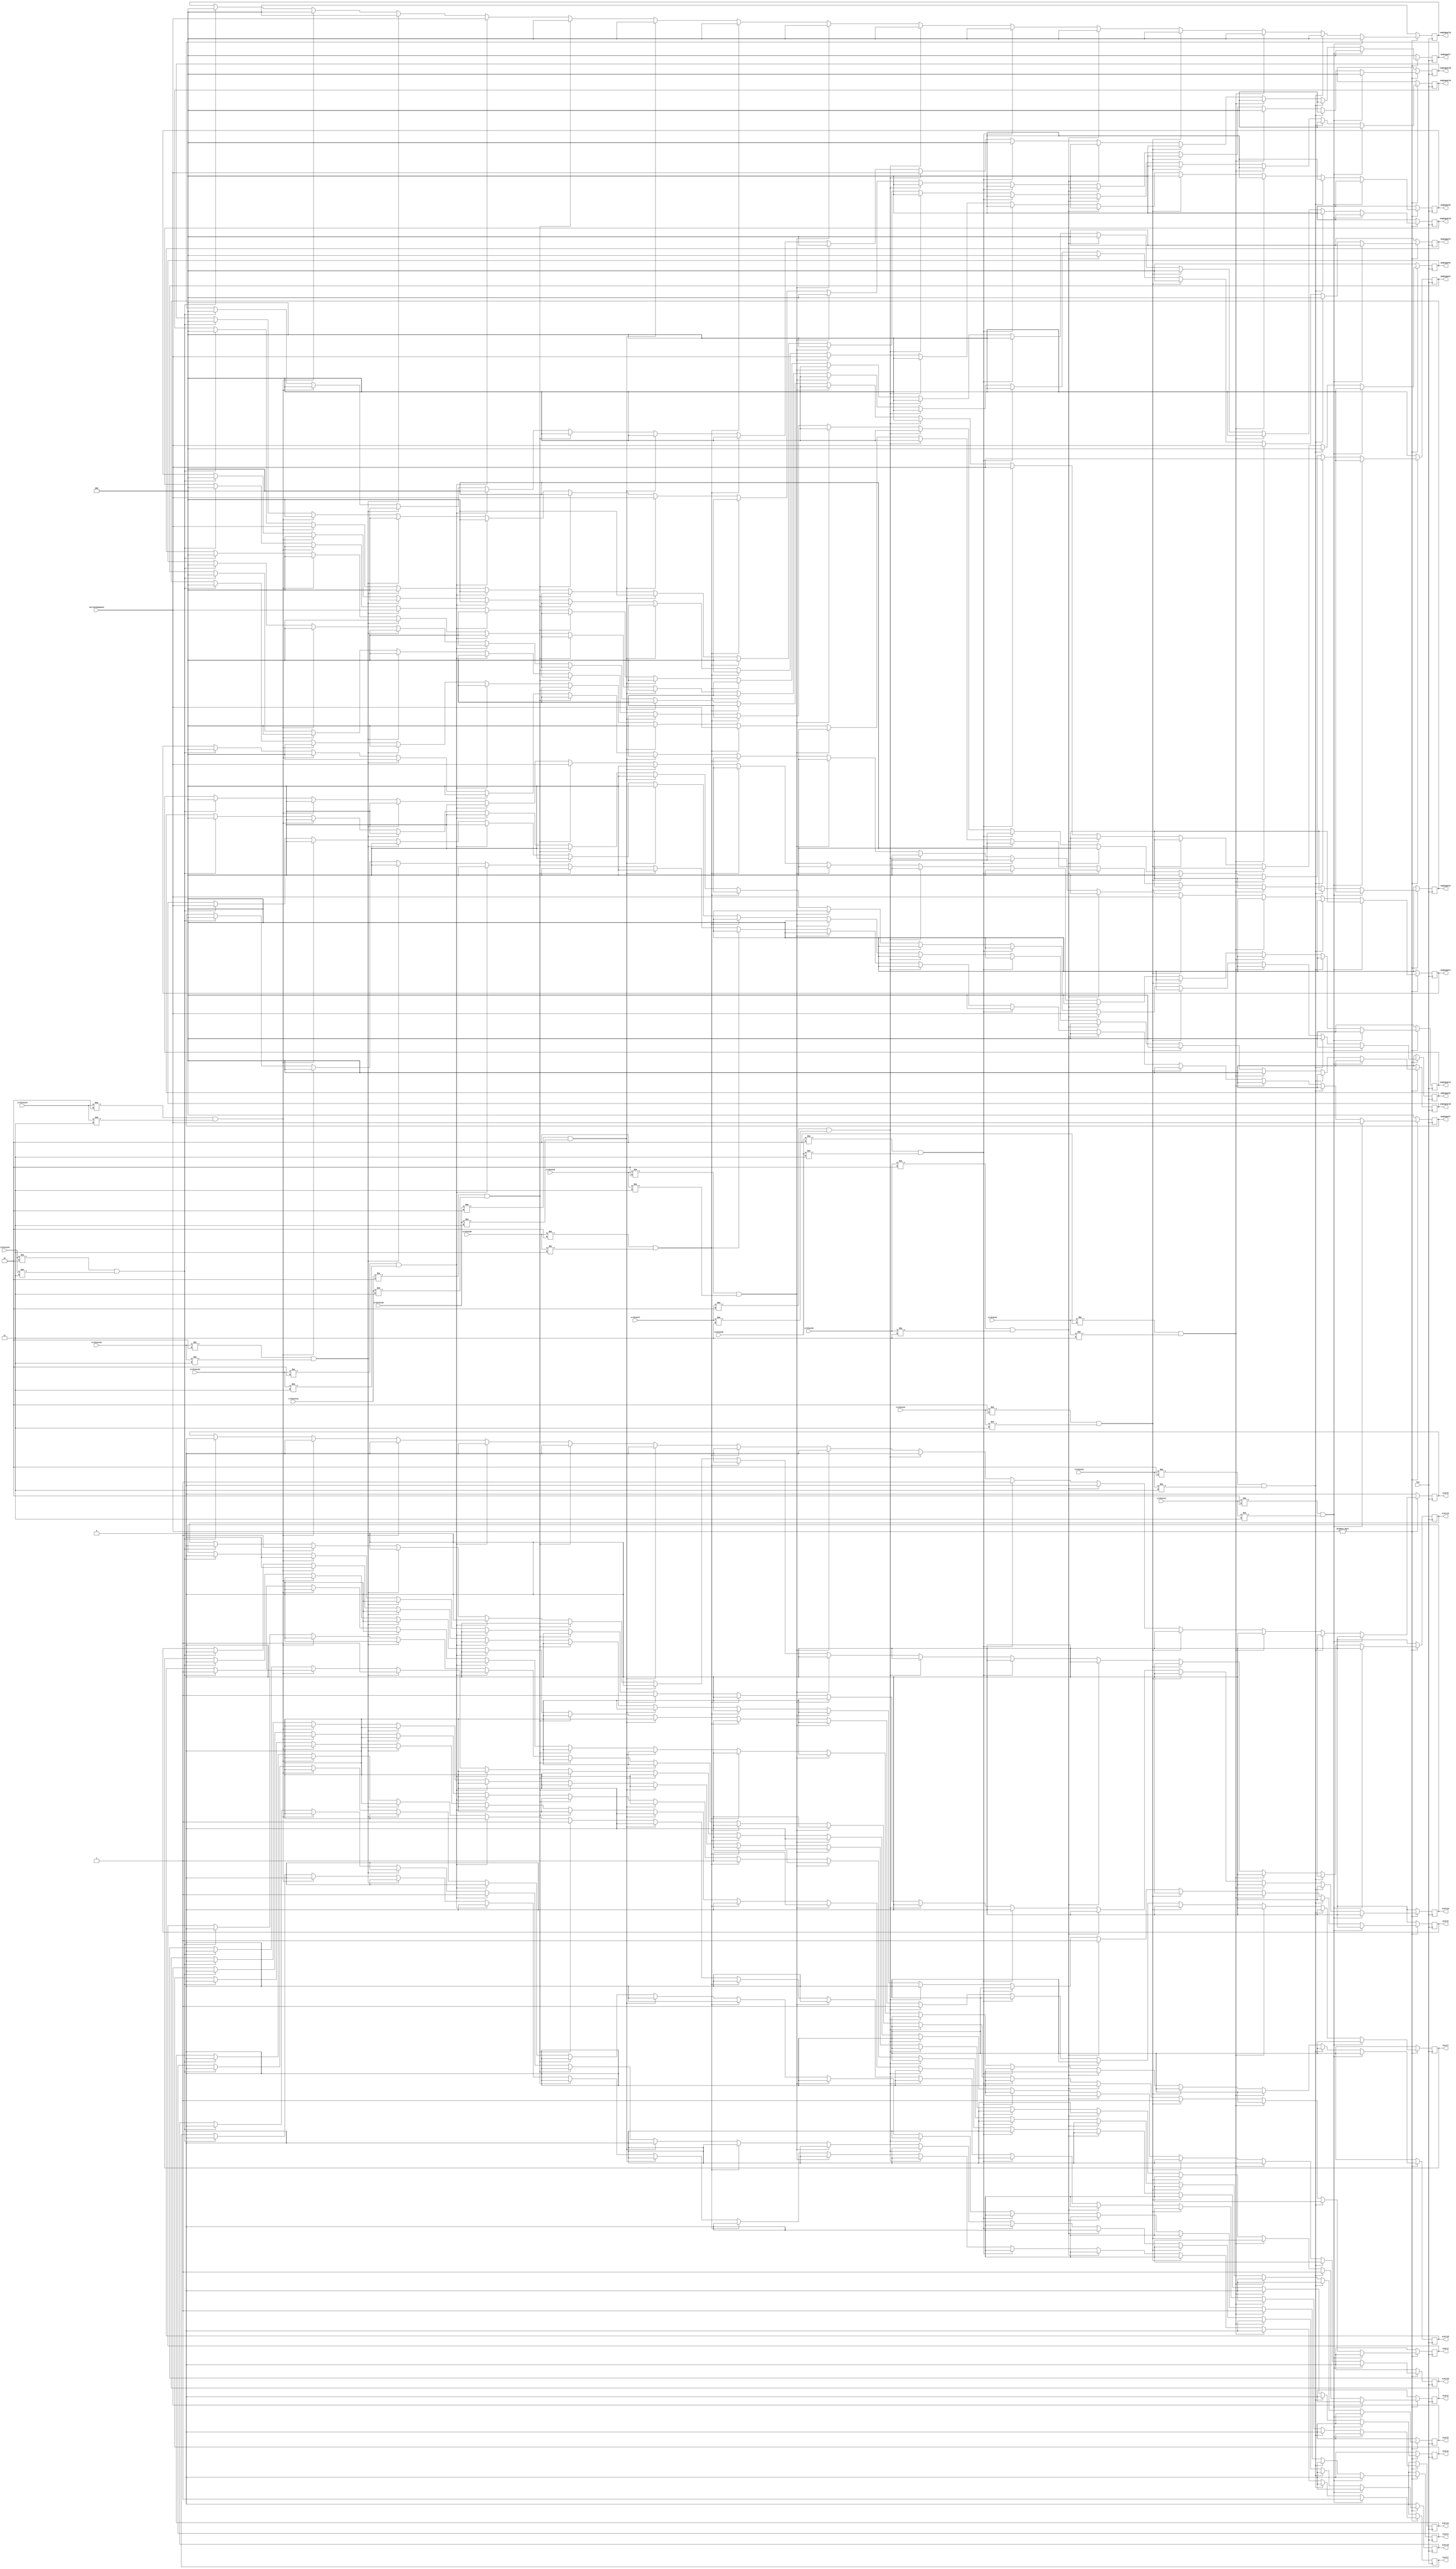
module sequenceManager(
	/*Input*/
	currentSequence, CLK, 
	crtState1, crtState2, crtState3, crtState4, crtState5, crtState6, crtState7, crtState8,
	crtState9, crtState10, crtState11, crtState12, crtState13, crtState14, crtState15,
	/*Output*/
	seqSignal1, seqSignal2, seqSignal3, seqSignal4, seqSignal5, seqSignal6, seqSignal7, seqSignal8,
	seqSignal9, seqSignal10, seqSignal11, seqSignal12, seqSignal13, seqSignal14, seqSignal15,
	
	start1, start2, start3, start4, start5, start6, start7, start8, start9, start10, start11, start12, start13, start14, start15
 	);
	
	input [2:0]currentSequence;
	input CLK;
	input [1:0]crtState1, crtState2, crtState3, crtState4, crtState5, crtState6, crtState7, crtState8;
	input [1:0]crtState9, crtState10, crtState11, crtState12, crtState13, crtState14, crtState15; 
	output reg [2:0]seqSignal1, seqSignal2, seqSignal3, seqSignal4, seqSignal5, seqSignal6, seqSignal7, seqSignal8;
	output reg [2:0]seqSignal9, seqSignal10, seqSignal11, seqSignal12, seqSignal13, seqSignal14, seqSignal15;
	output reg start1, start2, start3, start4, start5, start6, start7, start8, start9, start10, start11, start12, start13, start14, start15;
	
	
	always @(negedge CLK)
		begin
			if (currentSequence != 3'b000)
			begin
				if ((crtState1 != 2'b10) & (crtState1 != 2'b11))
					begin
						seqSignal1 <= currentSequence;
						seqSignal2 <= 3'b000;
						seqSignal3 <= 3'b000;
						seqSignal4 <= 3'b000;
						seqSignal5 <= 3'b000;
						seqSignal6 <= 3'b000;
						seqSignal7 <= 3'b000;
						seqSignal8 <= 3'b000;
						seqSignal9 <= 3'b000;
						seqSignal10 <= 3'b000;
						seqSignal11 <= 3'b000;
						seqSignal12 <= 3'b000;
						seqSignal13 <= 3'b000;
						seqSignal14 <= 3'b000;
						seqSignal15 <= 3'b000;
						
						start1 <= 1;
						start2 <= 0;
						start3 <= 0;
						start4 <= 0;
						start5 <= 0; 
						start6 <= 0; 
						start7 <= 0;
						start8 <= 0;
						start9 <= 0;
						start10 <= 0;
						start11 <= 0;
						start12 <= 0;
						start13 <= 0;
						start14 <= 0;
						start15 <= 0;
					end
				else if ((crtState2 != 2'b10) & (crtState2 != 2'b11))
					begin
						seqSignal1 <= 3'b000;
						seqSignal2 <= currentSequence;
						seqSignal3 <= 3'b000;
						seqSignal4 <= 3'b000;
						seqSignal5 <= 3'b000;
						seqSignal6 <= 3'b000;
						seqSignal7 <= 3'b000;
						seqSignal8 <= 3'b000;
						seqSignal9 <= 3'b000;
						seqSignal10 <= 3'b000;
						seqSignal11 <= 3'b000;
						seqSignal12 <= 3'b000;
						seqSignal13 <= 3'b000;
						seqSignal14 <= 3'b000;
						seqSignal15 <= 3'b000;
						
						start1 <= 0;
						start2 <= 1;
						start3 <= 0;
						start4 <= 0;
						start5 <= 0; 
						start6 <= 0; 
						start7 <= 0;
						start8 <= 0;
						start9 <= 0;
						start10 <= 0;
						start11 <= 0;
						start12 <= 0;
						start13 <= 0;
						start14 <= 0;
						start15 <= 0;
					end
				else if ((crtState3 != 2'b10) & (crtState3 != 2'b11))
					begin
						seqSignal1 <= 3'b000;
						seqSignal2 <= 3'b000;
						seqSignal3 <= currentSequence;
						seqSignal4 <= 3'b000;
						seqSignal5 <= 3'b000;
						seqSignal6 <= 3'b000;
						seqSignal7 <= 3'b000;
						seqSignal8 <= 3'b000;
						seqSignal9 <= 3'b000;
						seqSignal10 <= 3'b000;
						seqSignal11 <= 3'b000;
						seqSignal12 <= 3'b000;
						seqSignal13 <= 3'b000;
						seqSignal14 <= 3'b000;
						seqSignal15 <= 3'b000;
						
						start1 <= 0;
						start2 <= 0;
						start3 <= 1;
						start4 <= 0;
						start5 <= 0; 
						start6 <= 0; 
						start7 <= 0;
						start8 <= 0;
						start9 <= 0;
						start10 <= 0;
						start11 <= 0;
						start12 <= 0;
						start13 <= 0;
						start14 <= 0;
						start15 <= 0;
					end
				else if ((crtState4 != 2'b10) & (crtState4 != 2'b11))
					begin
						seqSignal1 <= 3'b000;
						seqSignal2 <= 3'b000;
						seqSignal3 <= 3'b000;
						seqSignal4 <= currentSequence;
						seqSignal5 <= 3'b000;
						seqSignal6 <= 3'b000;
						seqSignal7 <= 3'b000;
						seqSignal8 <= 3'b000;
						seqSignal9 <= 3'b000;
						seqSignal10 <= 3'b000;
						seqSignal11 <= 3'b000;
						seqSignal12 <= 3'b000;
						seqSignal13 <= 3'b000;
						seqSignal14 <= 3'b000;
						seqSignal15 <= 3'b000;
						
						start1 <= 0;
						start2 <= 0;
						start3 <= 0;
						start4 <= 1;
						start5 <= 0; 
						start6 <= 0; 
						start7 <= 0;
						start8 <= 0;
						start9 <= 0;
						start10 <= 0;
						start11 <= 0;
						start12 <= 0;
						start13 <= 0;
						start14 <= 0;
						start15 <= 0;
					end
				else if ((crtState5 != 2'b10) & (crtState5 != 2'b11))
					begin
						seqSignal1 <= 3'b000;
						seqSignal2 <= 3'b000;
						seqSignal3 <= 3'b000;
						seqSignal4 <= 3'b000;
						seqSignal5 <= currentSequence;
						seqSignal6 <= 3'b000;
						seqSignal7 <= 3'b000;
						seqSignal8 <= 3'b000;
						seqSignal9 <= 3'b000;
						seqSignal10 <= 3'b000;
						seqSignal11 <= 3'b000;
						seqSignal12 <= 3'b000;
						seqSignal13 <= 3'b000;
						seqSignal14 <= 3'b000;
						seqSignal15 <= 3'b000;
						
						start1 <= 0;
						start2 <= 0;
						start3 <= 0;
						start4 <= 0;
						start5 <= 1; 
						start6 <= 0; 
						start7 <= 0;
						start8 <= 0;
						start9 <= 0;
						start10 <= 0;
						start11 <= 0;
						start12 <= 0;
						start13 <= 0;
						start14 <= 0;
						start15 <= 0;
					end
				else if ((crtState6 != 2'b10) & (crtState6 != 2'b11))
					begin
						seqSignal1 <= 3'b000;
						seqSignal2 <= 3'b000;
						seqSignal3 <= 3'b000;
						seqSignal4 <= 3'b000;
						seqSignal5 <= 3'b000;
						seqSignal6 <= currentSequence;
						seqSignal7 <= 3'b000;
						seqSignal8 <= 3'b000;
						seqSignal9 <= 3'b000;
						seqSignal10 <= 3'b000;
						seqSignal11 <= 3'b000;
						seqSignal12 <= 3'b000;
						seqSignal13 <= 3'b000;
						seqSignal14 <= 3'b000;
						seqSignal15 <= 3'b000;
						
						start1 <= 0;
						start2 <= 0;
						start3 <= 0;
						start4 <= 0;
						start5 <= 0; 
						start6 <= 1; 
						start7 <= 0;
						start8 <= 0;
						start9 <= 0;
						start10 <= 0;
						start11 <= 0;
						start12 <= 0;
						start13 <= 0;
						start14 <= 0;
						start15 <= 0;
					end
				else if ((crtState7 != 2'b10) & (crtState7 != 2'b11))
					begin
						seqSignal1 <= 3'b000;
						seqSignal2 <= 3'b000;
						seqSignal3 <= 3'b000;
						seqSignal4 <= 3'b000;
						seqSignal5 <= 3'b000;
						seqSignal6 <= 3'b000;
						seqSignal7 <= currentSequence;
						seqSignal8 <= 3'b000;
						seqSignal9 <= 3'b000;
						seqSignal10 <= 3'b000;
						seqSignal11 <= 3'b000;
						seqSignal12 <= 3'b000;
						seqSignal13 <= 3'b000;
						seqSignal14 <= 3'b000;
						seqSignal15 <= 3'b000;
						
						start1 <= 0;
						start2 <= 0;
						start3 <= 0;
						start4 <= 0;
						start5 <= 0; 
						start6 <= 0; 
						start7 <= 1;
						start8 <= 0;
						start9 <= 0;
						start10 <= 0;
						start11 <= 0;
						start12 <= 0;
						start13 <= 0;
						start14 <= 0;
						start15 <= 0;
					end
				else if ((crtState8 != 2'b10) & (crtState8 != 2'b11))
					begin
						seqSignal1 <= 3'b000;
						seqSignal2 <= 3'b000;
						seqSignal3 <= 3'b000;
						seqSignal4 <= 3'b000;
						seqSignal5 <= 3'b000;
						seqSignal6 <= 3'b000;
						seqSignal7 <= 3'b000;
						seqSignal8 <= currentSequence;
						seqSignal9 <= 3'b000;
						seqSignal10 <= 3'b000;
						seqSignal11 <= 3'b000;
						seqSignal12 <= 3'b000;
						seqSignal13 <= 3'b000;
						seqSignal14 <= 3'b000;
						seqSignal15 <= 3'b000;
						
						start1 <= 0;
						start2 <= 0;
						start3 <= 0;
						start4 <= 0;
						start5 <= 0; 
						start6 <= 0; 
						start7 <= 0;
						start8 <= 1;
						start9 <= 0;
						start10 <= 0;
						start11 <= 0;
						start12 <= 0;
						start13 <= 0;
						start14 <= 0;
						start15 <= 0;
					end
				else if ((crtState9 != 2'b10) & (crtState9 != 2'b11))
					begin
						seqSignal1 <= 3'b000;
						seqSignal2 <= 3'b000;
						seqSignal3 <= 3'b000;
						seqSignal4 <= 3'b000;
						seqSignal5 <= 3'b000;
						seqSignal6 <= 3'b000;
						seqSignal7 <= 3'b000;
						seqSignal8 <= 3'b000;
						seqSignal9 <= currentSequence;
						seqSignal10 <= 3'b000;
						seqSignal11 <= 3'b000;
						seqSignal12 <= 3'b000;
						seqSignal13 <= 3'b000;
						seqSignal14 <= 3'b000;
						seqSignal15 <= 3'b000;
						
						start1 <= 0;
						start2 <= 0;
						start3 <= 0;
						start4 <= 0;
						start5 <= 0; 
						start6 <= 0; 
						start7 <= 0;
						start8 <= 0;
						start9 <= 1;
						start10 <= 0;
						start11 <= 0;
						start12 <= 0;
						start13 <= 0;
						start14 <= 0;
						start15 <= 0;
					end
				else if ((crtState10 != 2'b10) & (crtState10 != 2'b11))
					begin
						seqSignal1 <= 3'b000;
						seqSignal2 <= 3'b000;
						seqSignal3 <= 3'b000;
						seqSignal4 <= 3'b000;
						seqSignal5 <= 3'b000;
						seqSignal6 <= 3'b000;
						seqSignal7 <= 3'b000;
						seqSignal8 <= 3'b000;
						seqSignal9 <= 3'b000;
						seqSignal10 <= currentSequence;
						seqSignal11 <= 3'b000;
						seqSignal12 <= 3'b000;
						seqSignal13 <= 3'b000;
						seqSignal14 <= 3'b000;
						seqSignal15 <= 3'b000;
						
						start1 <= 0;
						start2 <= 0;
						start3 <= 0;
						start4 <= 0;
						start5 <= 0; 
						start6 <= 0; 
						start7 <= 0;
						start8 <= 0;
						start9 <= 0;
						start10 <= 1;
						start11 <= 0;
						start12 <= 0;
						start13 <= 0;
						start14 <= 0;
						start15 <= 0;
					end
				else if ((crtState11 != 2'b10) & (crtState11 != 2'b11))
					begin
						seqSignal1 <= 3'b000;
						seqSignal2 <= 3'b000;
						seqSignal3 <= 3'b000;
						seqSignal4 <= 3'b000;
						seqSignal5 <= 3'b000;
						seqSignal6 <= 3'b000;
						seqSignal7 <= 3'b000;
						seqSignal8 <= 3'b000;
						seqSignal9 <= 3'b000;
						seqSignal10 <= 3'b000;
						seqSignal11 <= currentSequence;
						seqSignal12 <= 3'b000;
						seqSignal13 <= 3'b000;
						seqSignal14 <= 3'b000;
						seqSignal15 <= 3'b000;
						
						start1 <= 0;
						start2 <= 0;
						start3 <= 0;
						start4 <= 0;
						start5 <= 0; 
						start6 <= 0; 
						start7 <= 0;
						start8 <= 0;
						start9 <= 0;
						start10 <= 0;
						start11 <= 1;
						start12 <= 0;
						start13 <= 0;
						start14 <= 0;
						start15 <= 0;
					end
				else if ((crtState12 != 2'b10) & (crtState12 != 2'b11))
					begin
						seqSignal1 <= 3'b000;
						seqSignal2 <= 3'b000;
						seqSignal3 <= 3'b000;
						seqSignal4 <= 3'b000;
						seqSignal5 <= 3'b000;
						seqSignal6 <= 3'b000;
						seqSignal7 <= 3'b000;
						seqSignal8 <= 3'b000;
						seqSignal9 <= 3'b000;
						seqSignal10 <= 3'b000;
						seqSignal11 <= 3'b000;
						seqSignal12 <= currentSequence;
						seqSignal13 <= 3'b000;
						seqSignal14 <= 3'b000;
						seqSignal15 <= 3'b000;
						
						start1 <= 0;
						start2 <= 0;
						start3 <= 0;
						start4 <= 0;
						start5 <= 0; 
						start6 <= 0; 
						start7 <= 0;
						start8 <= 0;
						start9 <= 0;
						start10 <= 0;
						start11 <= 0;
						start12 <= 1;
						start13 <= 0;
						start14 <= 0;
						start15 <= 0;
					end
				else if ((crtState13 != 2'b10) & (crtState13 != 2'b11))
					begin
						seqSignal1 <= 3'b000;
						seqSignal2 <= 3'b000;
						seqSignal3 <= 3'b000;
						seqSignal4 <= 3'b000;
						seqSignal5 <= 3'b000;
						seqSignal6 <= 3'b000;
						seqSignal7 <= 3'b000;
						seqSignal8 <= 3'b000;
						seqSignal9 <= 3'b000;
						seqSignal10 <= 3'b000;
						seqSignal11 <= 3'b000;
						seqSignal12 <= 3'b000;
						seqSignal13 <= currentSequence;
						seqSignal14 <= 3'b000;
						seqSignal15 <= 3'b000;
						
						start1 <= 0;
						start2 <= 0;
						start3 <= 0;
						start4 <= 0;
						start5 <= 0; 
						start6 <= 0; 
						start7 <= 0;
						start8 <= 0;
						start9 <= 0;
						start10 <= 0;
						start11 <= 0;
						start12 <= 0;
						start13 <= 1;
						start14 <= 0;
						start15 <= 0;
					end
				else if ((crtState14 != 2'b10) & (crtState14 != 2'b11))
					begin
						seqSignal1 <= 3'b000;
						seqSignal2 <= 3'b000;
						seqSignal3 <= 3'b000;
						seqSignal4 <= 3'b000;
						seqSignal5 <= 3'b000;
						seqSignal6 <= 3'b000;
						seqSignal7 <= 3'b000;
						seqSignal8 <= 3'b000;
						seqSignal9 <= 3'b000;
						seqSignal10 <= 3'b000;
						seqSignal11 <= 3'b000;
						seqSignal12 <= 3'b000;
						seqSignal13 <= 3'b000;
						seqSignal14 <= currentSequence;
						seqSignal15 <= 3'b000;
						
						start1 <= 0;
						start2 <= 0;
						start3 <= 0;
						start4 <= 0;
						start5 <= 0; 
						start6 <= 0; 
						start7 <= 0;
						start8 <= 0;
						start9 <= 0;
						start10 <= 0;
						start11 <= 0;
						start12 <= 0;
						start13 <= 0;
						start14 <= 1;
						start15 <= 0;
					end
				else if ((crtState15 != 2'b10) & (crtState15 != 2'b11))
					begin
						seqSignal1 <= 3'b000;
						seqSignal2 <= 3'b000;
						seqSignal3 <= 3'b000;
						seqSignal4 <= 3'b000;
						seqSignal5 <= 3'b000;
						seqSignal6 <= 3'b000;
						seqSignal7 <= 3'b000;
						seqSignal8 <= 3'b000;
						seqSignal9 <= 3'b000;
						seqSignal10 <= 3'b000;
						seqSignal11 <= 3'b000;
						seqSignal12 <= 3'b000;
						seqSignal13 <= 3'b000;
						seqSignal14 <= 3'b000;
						seqSignal15 <= currentSequence;
						
						start1 <= 0;
						start2 <= 0;
						start3 <= 0;
						start4 <= 0;
						start5 <= 0; 
						start6 <= 0; 
						start7 <= 0;
						start8 <= 0;
						start9 <= 0;
						start10 <= 0;
						start11 <= 0;
						start12 <= 0;
						start13 <= 0;
						start14 <= 0;
						start15 <= 1;
					end
			end
			else
				begin
					seqSignal1 <= 3'b000;
					seqSignal2 <= 3'b000;
					seqSignal3 <= 3'b000;
					seqSignal4 <= 3'b000;
					seqSignal5 <= 3'b000;
					seqSignal6 <= 3'b000;
					seqSignal7 <= 3'b000;
					seqSignal8 <= 3'b000;
					seqSignal9 <= 3'b000;
					seqSignal10 <= 3'b000;
					seqSignal11 <= 3'b000;
					seqSignal12 <= 3'b000;
					seqSignal13 <= 3'b000;
					seqSignal14 <= 3'b000;
					seqSignal15 <= 3'b000;
					
					start1 <= 0;
					start2 <= 0;
					start3 <= 0;
					start4 <= 0;
					start5 <= 0; 
					start6 <= 0; 
					start7 <= 0;
					start8 <= 0;
					start9 <= 0;
					start10 <= 0;
					start11 <= 0;
					start12 <= 0;
					start13 <= 0;
					start14 <= 0;
					start15 <= 0;
				end	
		end 
	
	
endmodule